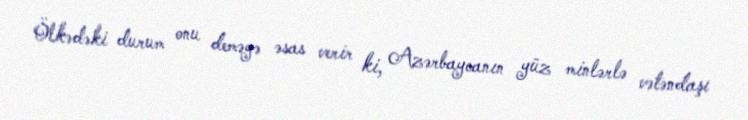
Ölkədəki durum onu deməyə əsas verir ki, Azərbaycanın yüz minlərlə vətəndaşı